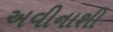
અવીનાશી